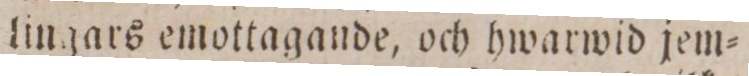
lingars emottagande, och hwarwid jem=